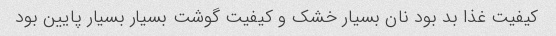
کیفیت غذا بد بود نان بسیار خشک و کیفیت گوشت بسیار بسیار پایین بود